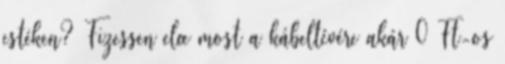
estéken? Fizessen elœ most a kábeltévére akár 0 Ft-os